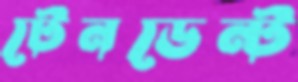
টেনডেন্ট